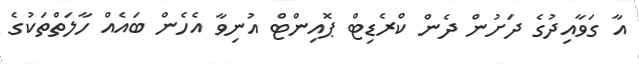
އާ ގަވާއިދުގެ ދަށުން ދެން ކްރެޑިޓް ޕޮއިންޓް އުނިވާ އެހެން ބައެއް ހާލަތްތަކުގެ